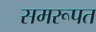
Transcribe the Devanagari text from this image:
समरूपत